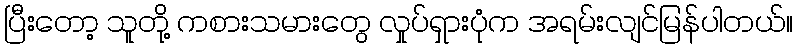
ပြီးတော့ သူတို့ ကစားသမားတွေ လှုပ်ရှားပုံက အရမ်းလျင်မြန်ပါတယ်။